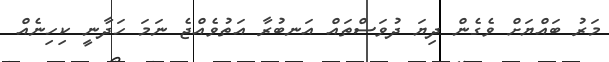
މަރު ބައްޔަށް ވެގެން ދިޔަ ދުވަސްތައް އަނބުރާ އަތުވެއްޖެ ނަމަ ހަދާނީ ކިހިނެއް